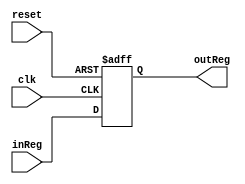
/*
*	Description: Register of n bits. Default n = 8 bits. 
*/

module register#(parameter n = 8)
(
	input clk,
	input reset,
	input [n-1:0]inReg, 
	output reg [n-1:0] outReg
);

always@(posedge clk,negedge reset) 
begin 
	if (!reset)
		outReg <= 0;
	else 
		outReg <= inReg;
end
endmodule